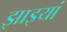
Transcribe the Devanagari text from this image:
झाइयां